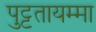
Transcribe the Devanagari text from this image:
पुट्टतायम्मा